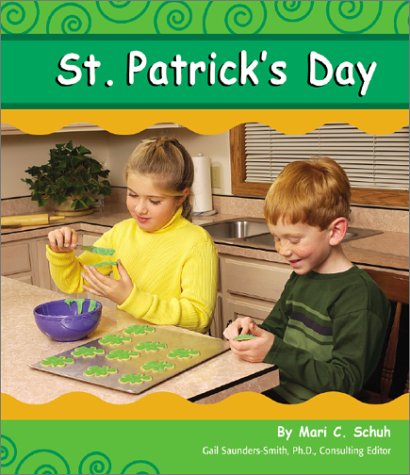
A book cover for St. Patrick's Day (Holidays and Celebrations); Mari Schuh; Children's Books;